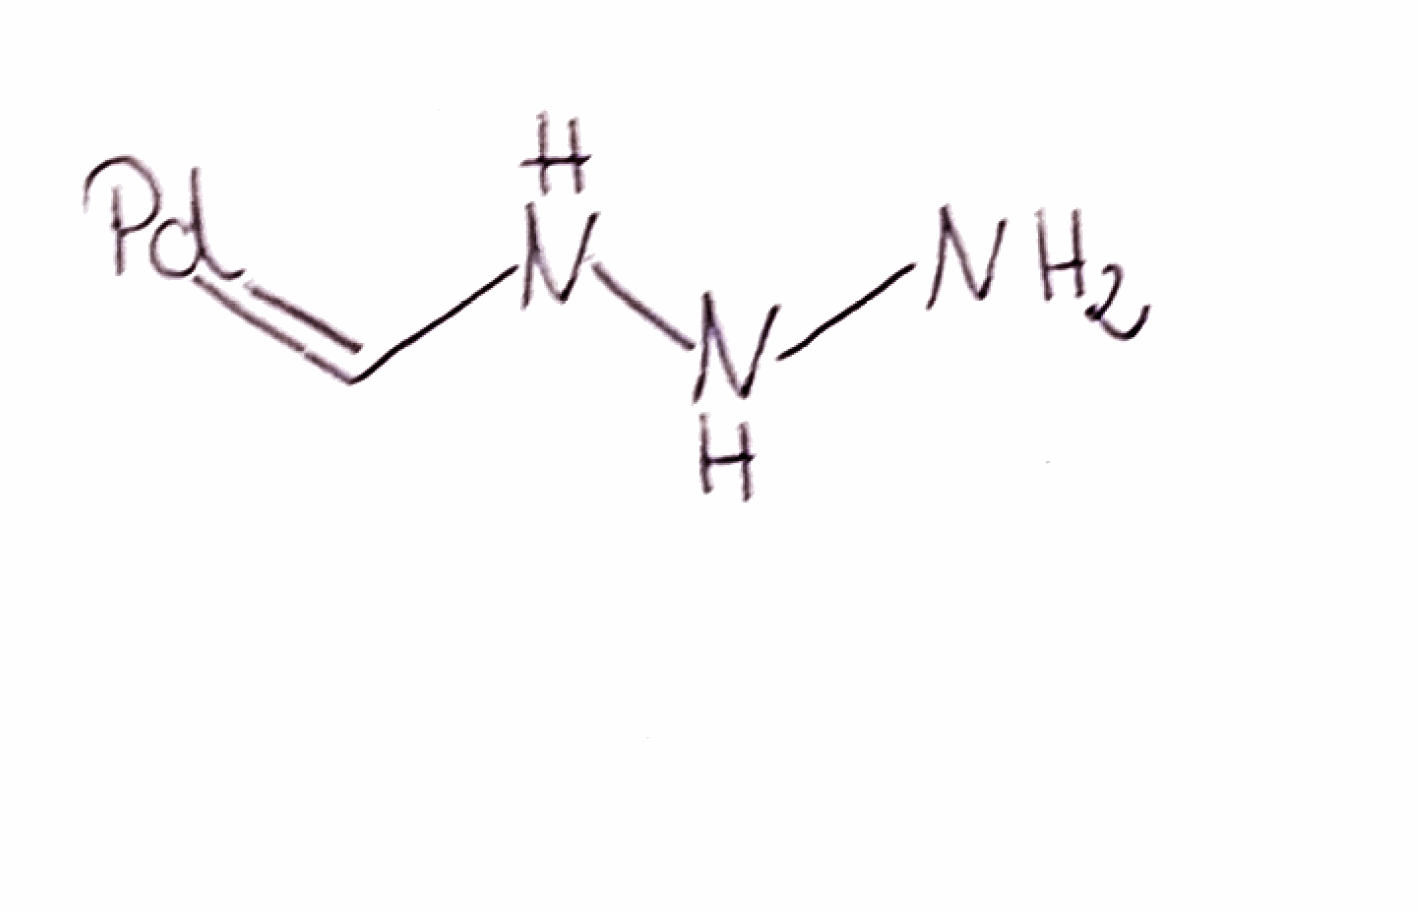
Simplified molecular-input line-entry system (SMILES) notation of the given molecule:
C(=[Pd])NNN